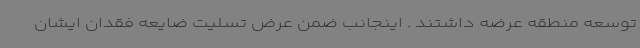
توسعه منطقه عرضه داشتند . اینجانب ضمن عرض تسلیت ضایعه فقدان ایشان